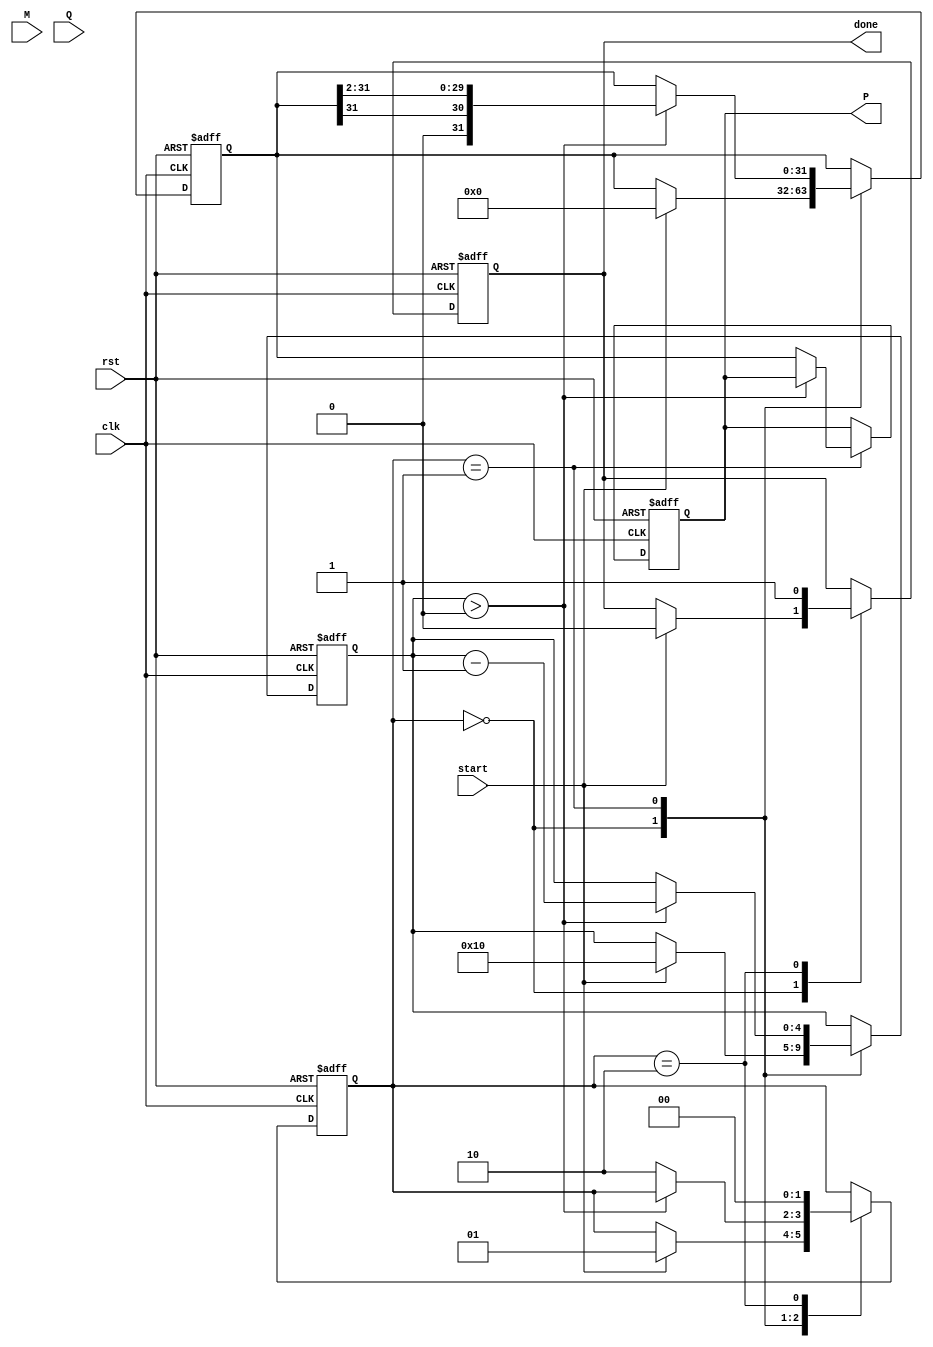
module modified_booth_multiplier (
    input signed [15:0] M,       // Multiplicand
    input signed [15:0] Q,       // Multiplier
    input start,                 // Control signal to start multiplication
    input clk,                   // Clock signal
    input rst,                   // Reset signal
    output reg signed [31:0] P,  // Product output
    output reg done              // Multiplication done signal
);
    reg signed [15:0] M_reg;     // Multiplicand register
    reg signed [15:0] Q_reg;     // Multiplier register
    reg signed [31:0] A;         // Accumulator register
    reg [4:0] count;             // Count register
    reg [1:0] state;             // FSM state
    reg [1:0] Q_minus_1;         // Previous bit of Q
    
    // FSM states
    localparam IDLE = 2'b00;
    localparam EXECUTE = 2'b01;
    localparam DONE = 2'b10;
    
    always @(posedge clk or posedge rst) begin
        if (rst) begin
            P <= 0;
            A <= 0;
            count <= 0;
            state <= IDLE;
            done <= 0;
            Q_minus_1 <= 2'b0;
        end else begin
            case (state)
                IDLE: begin
                    if (start) begin
                        M_reg <= M;
                        Q_reg <= Q;
                        A <= 0; // Initialize accumulator
                        count <= 16; // Number of bits in Q
                        Q_minus_1 <= 2'b0; // Initialize previous bit
                        state <= EXECUTE;
                        done <= 0;
                    end
                end
                EXECUTE: begin
                    if (count > 0) begin
                        case ({Q_reg[0], Q_minus_1}) // Booth encoding logic
                            2'b00: begin
                                // Do nothing
                            end
                            2'b01: begin
                                A <= A + M_reg; // Add M to A
                            end
                            2'b10: begin
                                A <= A - M_reg; // Subtract M from A
                            end
                            2'b11: begin
                                // Do nothing
                            end
                        endcase

                        // Arithmetic right shift
                        {A, Q_reg} <= {A[31], A[31:1], Q_reg[15:1]}; // Shift A and Q
                        Q_minus_1 <= Q_reg[0]; // Update previous bit
                        count <= count - 1; // Decrement count
                    end else begin
                        P <= A; // Final product
                        state <= DONE; // Move to done state
                    end
                end
                DONE: begin
                    done <= 1; // Set done signal
                    state <= IDLE; // Go back to idle state
                end
            endcase
        end
    end
endmodule